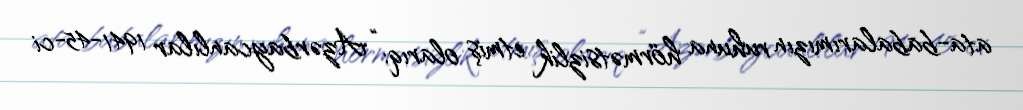
ata-babalarımızın ruhuna hörmətsizlik etmiş olarıq: “Azərbaycanlılar 1941-45-ci